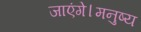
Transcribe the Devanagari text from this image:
जाएंगे।मनुष्य